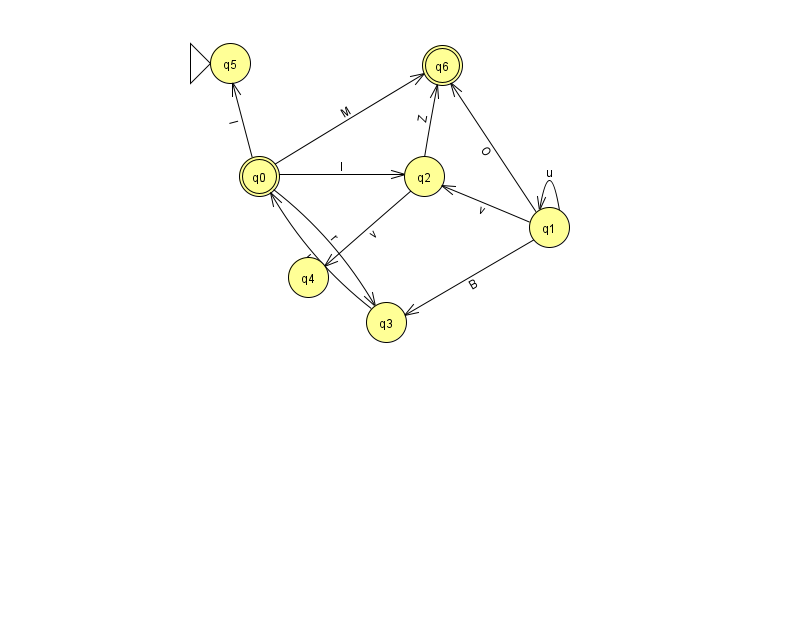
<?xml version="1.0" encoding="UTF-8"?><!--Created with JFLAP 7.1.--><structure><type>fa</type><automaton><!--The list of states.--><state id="0" name="q0"><x>259.0</x><y>163.0</y><final/></state><state id="1" name="q1"><x>549.0</x><y>214.0</y></state><state id="2" name="q2"><x>424.0</x><y>163.0</y></state><state id="3" name="q3"><x>386.0</x><y>309.0</y></state><state id="4" name="q4"><x>308.0</x><y>264.0</y></state><state id="5" name="q5"><x>230.0</x><y>50.0</y><initial/></state><state id="6" name="q6"><x>442.0</x><y>52.0</y><final/></state><!--The list of transitions.--><transition><from>0</from><to>6</to><read>M</read></transition><transition><from>0</from><to>5</to><read>I</read></transition><transition><from>1</from><to>6</to><read>O</read></transition><transition><from>2</from><to>4</to><read>v</read></transition><transition><from>2</from><to>6</to><read>Z</read></transition><transition><from>1</from><to>2</to><read>v</read></transition><transition><from>1</from><to>1</to><read>u</read></transition><transition><from>0</from><to>3</to><read>r</read></transition><transition><from>1</from><to>3</to><read>B</read></transition><transition><from>0</from><to>2</to><read>I</read></transition><transition><from>3</from><to>0</to><read>U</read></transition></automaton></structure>